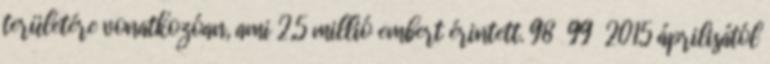
területére vonatkozóan, ami 2,5 millió embert érintett. 98 99 2015 áprilisától